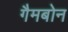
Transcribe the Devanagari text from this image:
गैमबोन